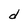
Character: d